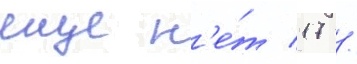
еще н'е́т 17 /